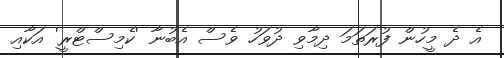
އެ ދެ މީހުން ފުރަތަމަ ދިމާވި ދުވަހު ވެސް އެބުނާ 'ކެމިސްޓްރީ' އަކާއި